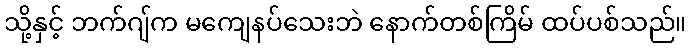
သို့နှင့် ဘက်ဂျ်က မကျေနပ်သေးဘဲ နောက်တစ်ကြိမ် ထပ်ပစ်သည်။